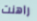
راهنت